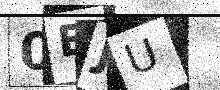
Text: 0EJU